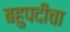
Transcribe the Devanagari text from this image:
बहुपदीचा